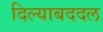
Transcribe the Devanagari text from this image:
दिल्याबददल